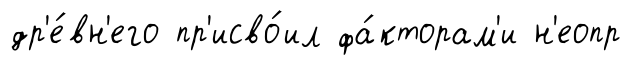
др'е́вн'его пр'исво́ил фа́кторам'и н'еопр